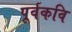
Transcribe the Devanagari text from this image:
पूर्वकवि